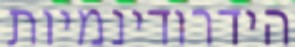
הידרודינמיות